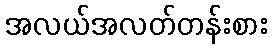
အလယ်အလတ်တန်းစား